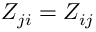
Z _ { j i } = Z _ { i j }